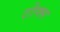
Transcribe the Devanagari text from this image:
टोफ्स